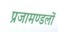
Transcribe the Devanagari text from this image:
प्रजामण्डलों